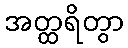
အတ္ထရိတွာ